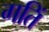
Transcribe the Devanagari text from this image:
गतिं